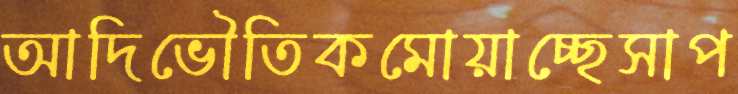
আদিভৌতিকমোয়াচ্ছেসাপ